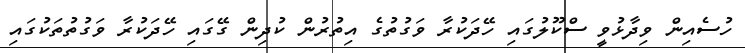
ހުސެއިން ވިދާޅުވީ ސްކޫލުގައި ހޭދަކުރާ ވަގުތުގެ އިތުރުން ކުދިން ގޭގައި ހޭދަކުރާ ވަގުތުތަކުގައި